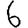
Digit: 6